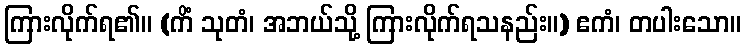
ကြားလိုက်ရ၏။ (ကိံ သုတံ၊ အဘယ်သို့ ကြားလိုက်ရသနည်း။) ဧကံ၊ တပါးသော။